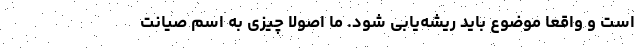
است و واقعا موضوع باید ریشه‌یابی شود. ما اصولاً چیزی به اسم صیانت